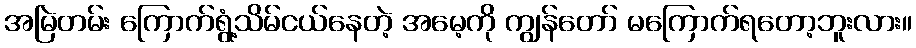
အမြဲတမ်း ကြောက်ရွံ့သိမ်ငယ်နေတဲ့ အမေ့ကို ကျွန်တော် မကြောက်ရတော့ဘူးလား။